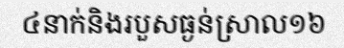
៤នាក់និងរបួសធ្ងន់ស្រាល១៦